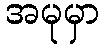
အမုမှာ